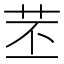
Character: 苤